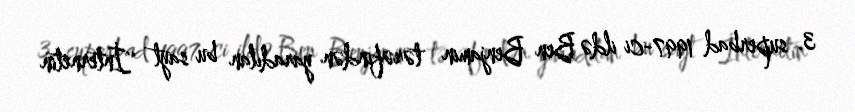
3. superbad 1997-ci ildə Ben Benjamin tərəfindən yaradılan bu sayt ''İnternetin